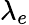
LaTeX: \lambda_{e}